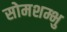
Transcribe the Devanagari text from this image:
सोमशम्भु